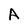
Character: A